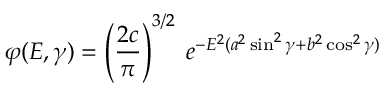
\varphi ( E , \gamma ) = \left( \frac { 2 c } { \pi } \right) ^ { 3 / 2 } \; e ^ { - E ^ { 2 } ( a ^ { 2 } \sin ^ { 2 } \gamma + b ^ { 2 } \cos ^ { 2 } \gamma ) }